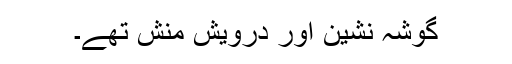
گوشہ نشین اور درویش منش تھے۔